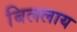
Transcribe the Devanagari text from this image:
बिललाय